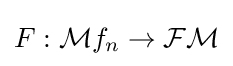
F:{\mathcal {M}}f_{n}\to {\mathcal {FM}}